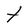
Character: t